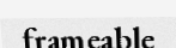
frameable